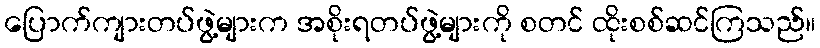
ပြောက်ကျားတပ်ဖွဲ့များက အစိုးရတပ်ဖွဲ့များကို စတင် ထိုးစစ်ဆင်ကြသည်။